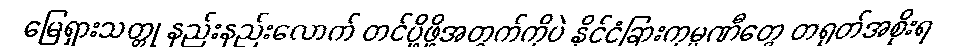
မြေရှားသတ္တု နည်းနည်းလောက် တင်ပို့ဖို့အတွက်ကိုပဲ နိုင်ငံခြားကုမ္ပဏီတွေ တရုတ်အစိုးရ